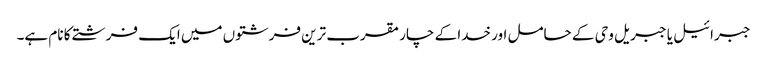
جبرائیل یا جبریل وحی کے حامل اور خدا کے چار مقرب ترین فرشتوں میں ایک فرشتے کا نام ہے۔